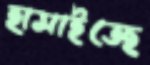
হাসাইতেছ